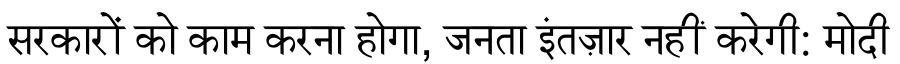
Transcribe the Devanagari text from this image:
सरकारों को काम करना होगा, जनता इंतज़ार नहीं करेगी: मोदी